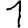
Digit: 1